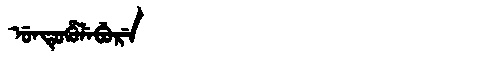
Manchu: ᡠᠨᡨᡠᡥᡠᠯᡝᠪᡠᡵᡝ
Romanization: UNTUHULEBURE